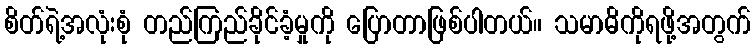
စိတ်ရဲ့အလုံးစုံ တည်ကြည်ခိုင်ခံ့မှုကို ပြောတာဖြစ်ပါတယ်။ သမာဓိကိုရဖို့အတွက်